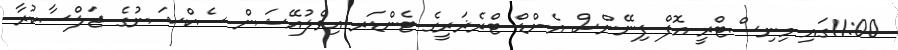
11:00ގައި މިނިސްޓްރީ އޮފް ފިނޭންސް އެންޑް ޓްރެޜަރީގެ ޓެންޑަރ އިވެލުއޭޝަން ސެކްޝަނުގެ ޖަލްސާކުރާ